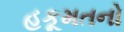
હકૂમતનો